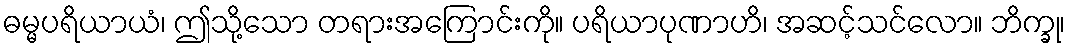
ဓမ္မပရိယာယံ၊ ဤသို့သော တရားအကြောင်းကို။ ပရိယာပုဏာဟိ၊ အဆင့်သင်လော။ ဘိက္ခု၊